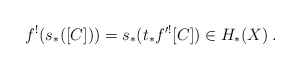
\begin{align*}f^!(s_*([C]))= s_*(t_*f'^![C]) \in H_*(X)\:.\end{align*}